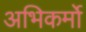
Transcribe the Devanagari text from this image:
अभिकर्मो